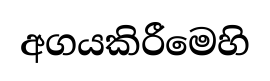
අගයකිරීමෙහි